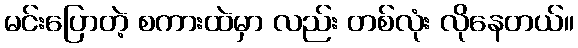
မင်းပြောတဲ့ စကားထဲမှာ လည်း တစ်လုံး လိုနေတယ်။